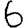
Digit: 6